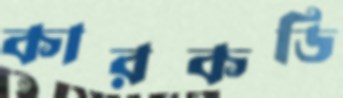
কারকডি